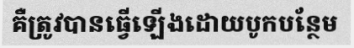
គឺត្រូវបានធ្វើឡើងដោយបូកបន្ថែម